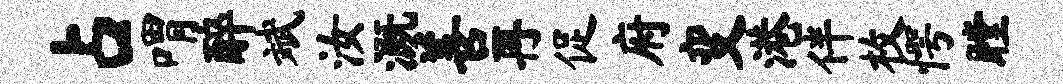
占喟醉斌汝溉善再促府变港伴枚愕瞠